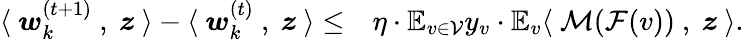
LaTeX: \begin{array}{rl}{\langle~{\boldsymbol w}_{k}^{(t+1)}~,~{\boldsymbol z}~\rangle-\langle~{\boldsymbol w}_{k}^{(t)}~,~{\boldsymbol z}~\rangle\le}&{\eta\cdot\mathbb{E}_{v\in\mathcal{V}}y_{v}\cdot\mathbb{E}_{v}\langle~\mathcal{M}(\mathcal{F}(v))~,~{\boldsymbol z}~\rangle.}\end{array}